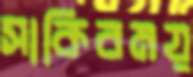
সাকিবময়